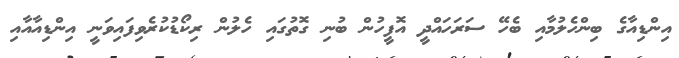
އިންޑިއާގެ ބިންހެލުމާއި ބެހޭ ސަރަހައްދީ އޮފީހުން ބުނި ގޮތުގައި ހެލުން ރިކޯޑުކުރެވިފައިވަނީ އިންޑިއާއާއި